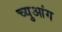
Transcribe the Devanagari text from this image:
च्युआंग